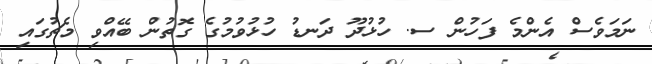
ނަމަވެސް އެންމެ ފަހުން ސ. ހުޅުދޫ ދަނޑު ހުޅުވުމުގެ ގޮތުން ބޭއްވި މެޗުގައި